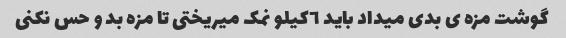
گوشت مزه ی بدی میداد باید ٦کیلو نمک میریختی تا مزه بد و حس نکنی